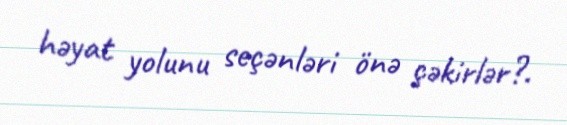
həyat yolunu seçənləri önə çəkirlər?.